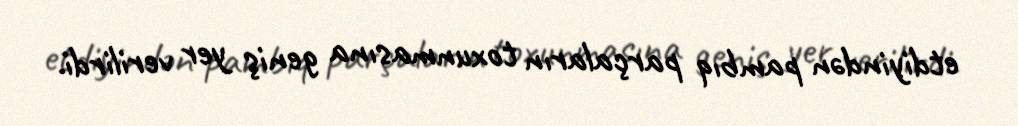
etdiyindən pambıq parçaların toxunmasına geniş yer verilirdi.